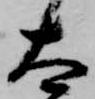
太